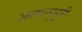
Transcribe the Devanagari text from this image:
आत्मानुभूती